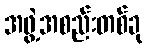
အဖွဲ့အစည်းတစ်ခု